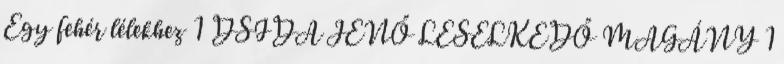
Egy fehér lélekhez 1 DSIDA JENŐ LESELKEDŐ MAGÁNY 1